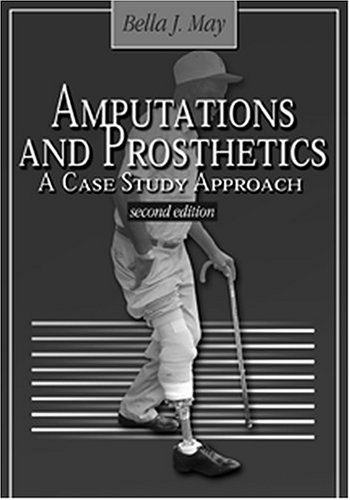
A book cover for Amputations and Prosthetics: A Case Study Approach; Bella May; Medical Books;